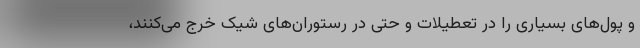
و پول‌های بسیاری را در تعطیلات و حتی در رستوران‌های شیک خرج می‌کنند،